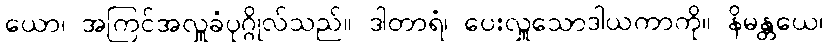
ယော၊ အကြင်အလှူခံပုဂ္ဂိုလ်သည်။ ဒါတာရံ၊ ပေးလှူသောဒါယကာကို။ နိမန္တယေ၊